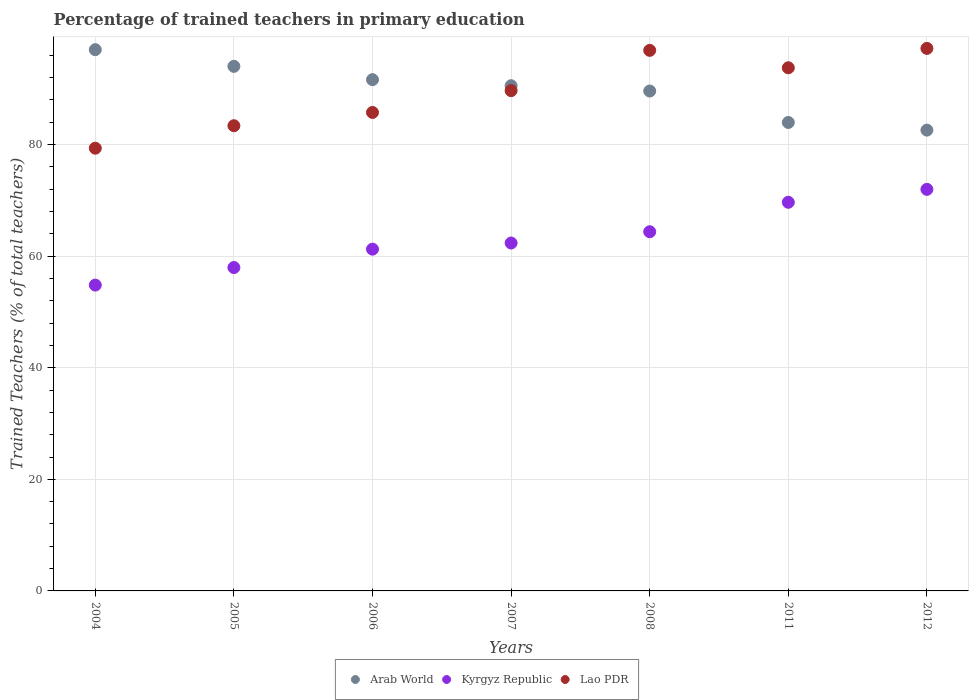
| Years | Arab World | Kyrgyz Republic | Lao PDR |
 | --- | --- | --- | --- |
 | 2004 | 97 | 54.8 | 79.4 |
 | 2005 | 94 | 58 | 83.4 |
 | 2006 | 91.6 | 61.3 | 85.8 |
 | 2007 | 90.6 | 62.4 | 89.7 |
 | 2008 | 89.6 | 64.4 | 96.9 |
 | 2011 | 84 | 69.7 | 93.8 |
 | 2012 | 82.6 | 72 | 97.2 |